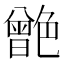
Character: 䒏